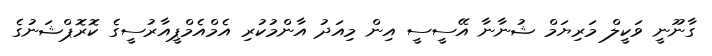
ގާނޫނީ ވަކީލް މަރިޔަމް ޝުނާނާ އޭސީސީ އިން މިއަދު އާންމުކުރި އެމްއެމްޕީއާރުސީގެ ކޮރޮޕްޝަނުގެ